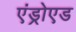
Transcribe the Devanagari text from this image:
एंड्रोएड